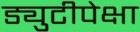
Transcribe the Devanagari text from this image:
ड्युटीपेक्षा